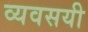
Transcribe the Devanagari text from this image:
व्यवसयी